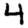
Digit: 4